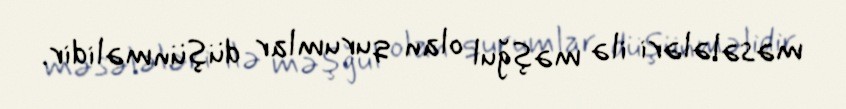
məsələləri ilə məşğul olan qurumlar düşünməlidir.